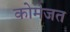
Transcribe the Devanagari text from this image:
कोमेजत